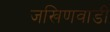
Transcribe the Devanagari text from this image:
जखिणवाडी